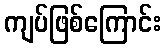
ကျပ်ဖြစ်ကြောင်း